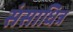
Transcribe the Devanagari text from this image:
संसाधित्र